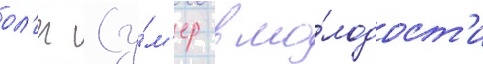
ол'ег (у́м'ер в мо́лодост'и